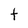
Character: t